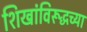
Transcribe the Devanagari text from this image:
शिखांविरूद्धच्या